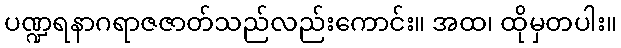
ပဏ္ဍရနာဂရာဇဇာတ်သည်လည်းကောင်း။ အထ၊ ထိုမှတပါး။